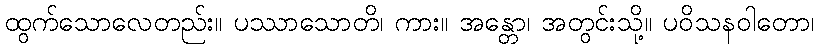
ထွက်သောလေတည်း။ ပဿာသောတိ၊ ကား။ အန္တော၊ အတွင်းသို့။ ပဝိသနဝါတော၊